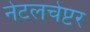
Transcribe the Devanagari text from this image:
नेटलचेप्टर